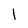
Character: 1